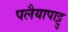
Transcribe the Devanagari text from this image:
पलैयापाट्टु